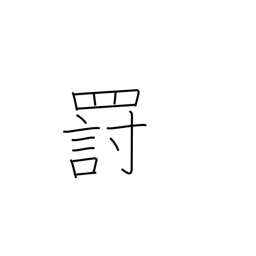
Meaning: punishment